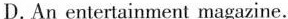
D.An entertainment magazine.